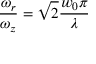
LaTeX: { \frac { \omega _ { r } } { \omega _ { z } } } = { \sqrt { 2 } } { \frac { w _ { 0 } \pi } { \lambda } }